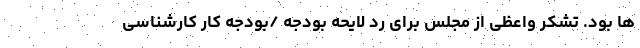
ها بود. تشکر واعظی از مجلس برای رد لایحه بودجه /بودجه کار کارشناسی